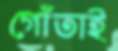
গোঁতাই